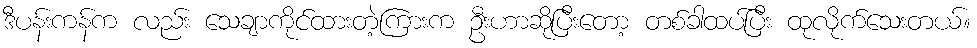
ဒီပန်းကန်က လည်း သေချာကိုင်ထားတဲ့ကြားက ဦးဟာဆိုပြီးတော့ တစ်ခါထပ်ပြီး ထုလိုက်သေးတယ်။